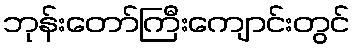
ဘုန်းတော်ကြီးကျောင်းတွင်